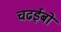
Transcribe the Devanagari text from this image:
चढईबो